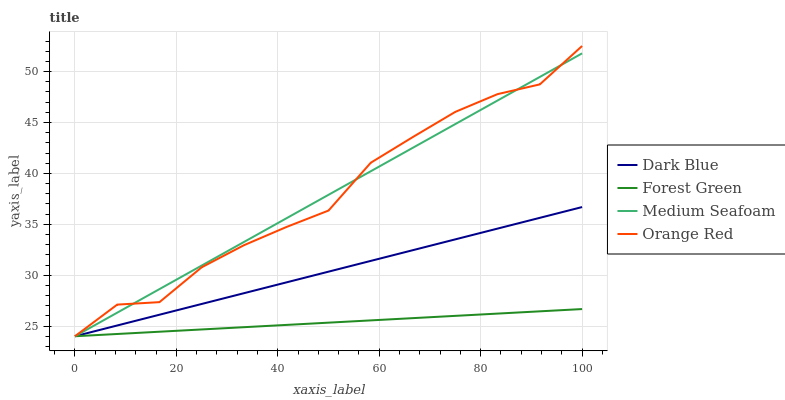
| xaxis_label | Dark Blue | Forest Green | Medium Seafoam | Orange Red |
 | --- | --- | --- | --- | --- |
 | 0 | 24 | 24 | 24 | 24 |
 | 8.33 | 25.1 | 24.2 | 26.3 | 27.1 |
 | 16.7 | 26.1 | 24.4 | 28.6 | 27.4 |
 | 25 | 27.2 | 24.7 | 30.9 | 30.8 |
 | 33.3 | 28.2 | 24.9 | 33.3 | 32.9 |
 | 41.7 | 29.3 | 25.1 | 35.6 | 34.7 |
 | 50 | 30.3 | 25.3 | 37.9 | 36.4 |
 | 58.3 | 31.4 | 25.6 | 40.2 | 41.1 |
 | 66.7 | 32.5 | 25.8 | 42.5 | 43.6 |
 | 75 | 33.5 | 26 | 44.8 | 46 |
 | 83.3 | 34.6 | 26.2 | 47.2 | 47.8 |
 | 91.7 | 35.6 | 26.4 | 49.5 | 48.7 |
 | 100 | 36.7 | 26.7 | 51.8 | 52.5 |